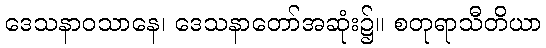
ဒေသနာဝသာနေ၊ ဒေသနာတော်အဆုံး၌။ စတုရာသီတိယာ